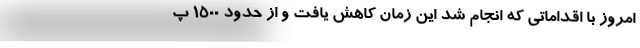
امروز با اقداماتی که انجام شد این زمان کاهش یافت و از حدود 1500 پ